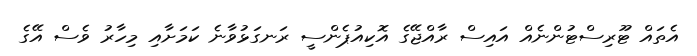
އެތައް ޓޫރިސްޓުންނެއް އައިސް ރާއްޖޭގެ އޮކިއުޕެންސީ ރަނގަޅުވާނެ ކަމަށާއި މިހާރު ވެސް އޭގެ